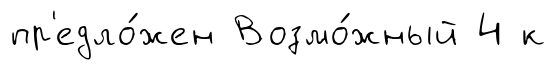
пр'едло́жен Возмо́жный 4 к